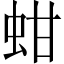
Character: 蚶